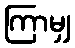
ကြာမျှ